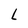
Character: L